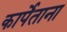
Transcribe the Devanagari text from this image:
कार्पेताना